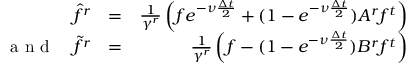
\begin{array} { r l r } { \hat { f } ^ { r } } & { = } & { \frac { 1 } { \gamma ^ { r } } \left( f e ^ { - \nu \frac { \Delta t } { 2 } } + ( 1 - e ^ { - \nu \frac { \Delta t } { 2 } } ) A ^ { r } f ^ { t } \right) } \\ { \textrm { a n d } \quad \widetilde { f } ^ { r } } & { = } & { \frac { 1 } { \gamma ^ { r } } \left( f - ( 1 - e ^ { - \nu \frac { \Delta t } { 2 } } ) B ^ { r } f ^ { t } \right) } \end{array}